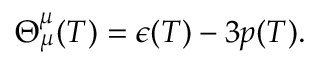
\Theta _ { \mu } ^ { \mu } ( T ) = \epsilon ( T ) - 3 p ( T ) .